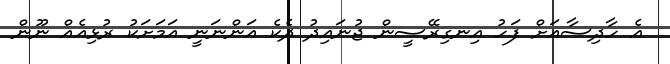
އެ ހާދިސާއަށް ފަހު އިނގިރޭސީން ޖުނައިދު ދެކެ އަންނަނީ އަމަށަކު ރުޅިއެއް ނޫން